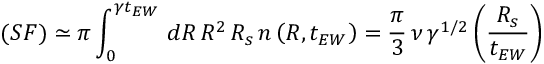
( S F ) \simeq \pi \int _ { 0 } ^ { \gamma t _ { E W } } \, d R \, R ^ { 2 } \, R _ { s } \, n \left( R , t _ { E W } \right) = \frac { \pi } { 3 } \, \nu \, \gamma ^ { 1 / 2 } \left( \frac { R _ { s } } { t _ { E W } } \right)